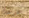
جرحك